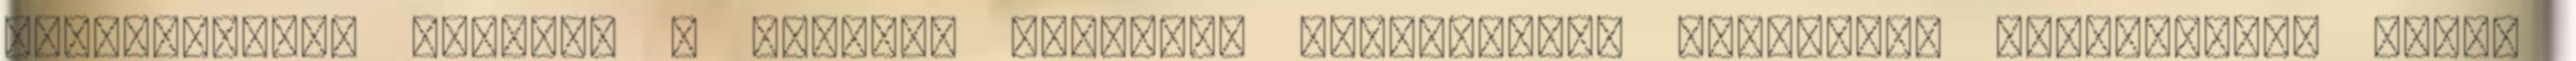
köpönyegéből előbújt a fizikai operett. Primadonna, Bonviván, Táncoskomi- lődik